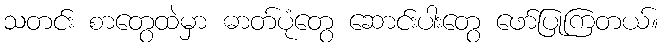
သတင်း စာတွေထဲမှာ ဓာတ်ပုံတွေ ဆောင်းပါးတွေ ဖော်ပြုကြတယ်။